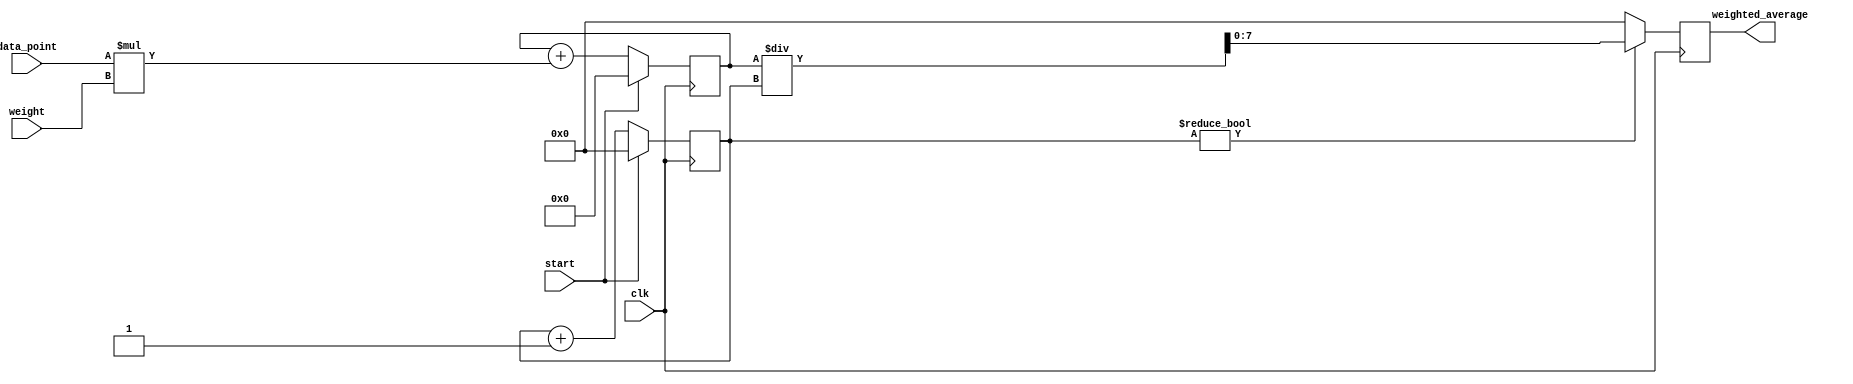
module weighted_moving_average_accumulator (
    input clk,
    input [7:0] data_point,
    input [7:0] weight,
    input start,
    output reg [7:0] weighted_average
);

reg [15:0] sum;
reg [7:0] count;

always @(posedge clk) begin
    if (start) begin
        count <= 0;
        sum <= 0;
    end else begin
        count <= count + 1;
        sum <= sum + (data_point * weight);
    end
    
    if (count != 0) begin
        weighted_average <= sum / count;
    end else begin
        weighted_average <= 0;
    end
end

endmodule